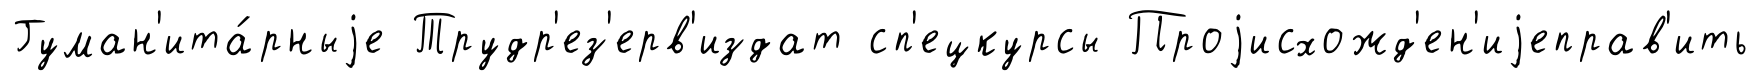
Гуман'ита́рныjе Трудр'ез'ерв'издат сп'ецкурсы Проjисхожд'ен'иjеправ'ить